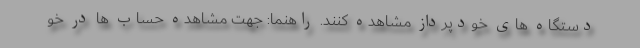
دستگاه های خودپرداز مشاهده کنند. راهنما: جهت مشاهده حساب ها در خو